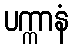
ပက္ကာနံ